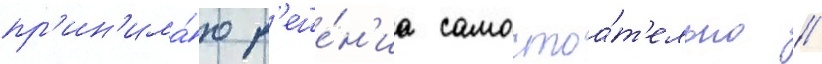
пр'ин'има́ю р'еше́н'иа самостоа́т'ельно //